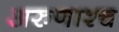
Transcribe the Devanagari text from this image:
अरुणाश्‍च